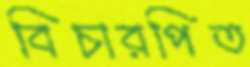
বিচারপিত